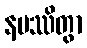
နမဿိတွာ